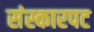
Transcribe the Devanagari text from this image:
संस्कारपट